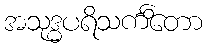
အသုဒ္ဓပရိသင်္ကိတော